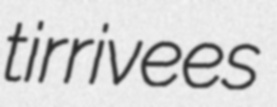
tirrivees